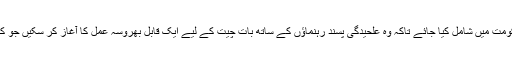
یعنی قوم پرست بلوچ رہنماؤں کو حکومت میں شامل کیا جائے تاکہ وہ علحیدگی پسند رہنماؤں کے ساتھ بات چیت کے لیے ایک قابل بھروسہ عمل کا آغاز کر سکیں جو کہ زہری حکومت میں ممکن نہیں تھا۔